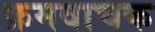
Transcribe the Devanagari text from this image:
क्रमवाचक